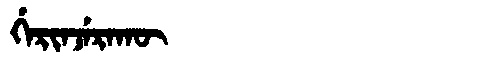
Manchu: ᡤᡝᡵᡳᠨᠵᡝᡵᠠᡴᡡ
Romanization: GERINJERAKŪ